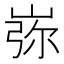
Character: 㟜